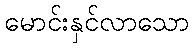
မောင်းနှင်လာသော